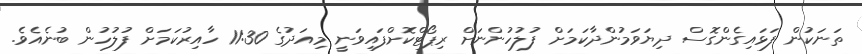
ތަނަކުން ފަޅައިގެންގޮސް ދިޔަވަމުންދާކަމަށް ފުލުހުންނަށް ރިޕޯޓްކޮށްފައިވަނީ މިއަދުގެ 11:30 ހާއިރުކަމަށް ފުލުހުން ބުނެއެވެ.